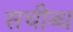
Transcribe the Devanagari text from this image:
सचीब्ध